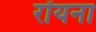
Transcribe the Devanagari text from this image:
रॉयना